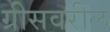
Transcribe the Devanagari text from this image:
ग्रीसवरील